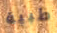
طبية